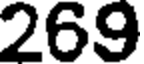
269